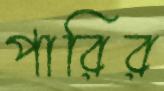
পারির